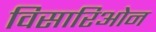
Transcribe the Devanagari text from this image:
विसारिओन